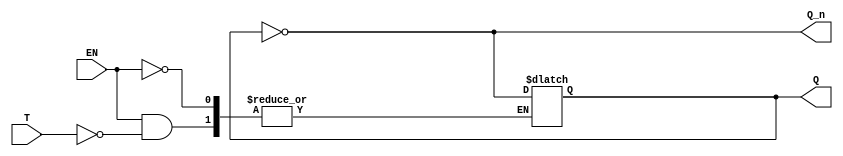
module Gated_T_Latch (
    input wire T,       // Toggle input
    input wire EN,      // Enable input
    output reg Q,       // Output
    output wire Q_n     // Complementary output
);

    // Generate complementary output
    assign Q_n = ~Q;

    // Always block to describe latch behavior
    always @(*) begin
        if (EN) begin
            if (T) begin
                Q <= ~Q;   // Toggle the output
            end
            // If T is 0, Q remains the same (no action needed)
        end
        // If EN is 0, Q remains the same (no action needed)
    end

endmodule